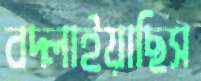
বদ্‌লাইয়াছিস